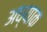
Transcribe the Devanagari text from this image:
अध्याक